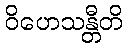
ဝိဟေသန္တီတိ